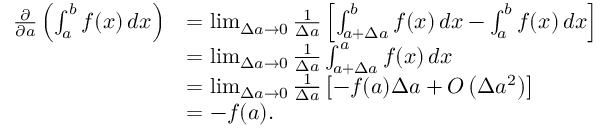
{ \begin{array} { r l } { { \frac { \partial } { \partial a } } \left( \int _ { a } ^ { b } f ( x ) \, d x \right) } & { = \operatorname* { l i m } _ { \Delta a \to 0 } { \frac { 1 } { \Delta a } } \left[ \int _ { a + \Delta a } ^ { b } f ( x ) \, d x - \int _ { a } ^ { b } f ( x ) \, d x \right] } \\ & { = \operatorname* { l i m } _ { \Delta a \to 0 } { \frac { 1 } { \Delta a } } \int _ { a + \Delta a } ^ { a } f ( x ) \, d x } \\ & { = \operatorname* { l i m } _ { \Delta a \to 0 } { \frac { 1 } { \Delta a } } \left[ - f ( a ) \Delta a + O \left( \Delta a ^ { 2 } \right) \right] } \\ & { = - f ( a ) . } \end{array} }